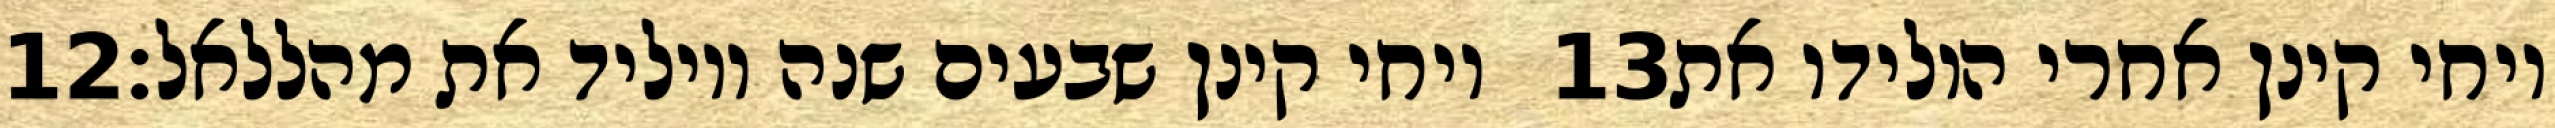
‎12‏ ויחי קינן שבעים שנה ויוליד את מהללאל׃ ‎13‏ ויחי קינן אחרי הולידו את